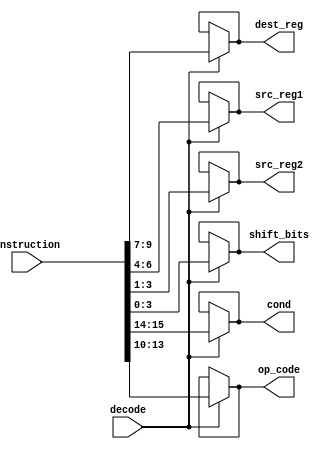
module inst_decoder(decode, instruction, cond, op_code, dest_reg, src_reg1, src_reg2, shift_bits);
input [15:0] instruction;
input decode;
output [3:0] op_code, shift_bits;
output [2:0] dest_reg, src_reg1, src_reg2;
output [1:0] cond;

assign cond = (decode) ? instruction[15:14] : cond;
assign op_code = (decode) ? instruction[13:10] : op_code;
assign dest_reg = (decode) ? instruction[9:7] : dest_reg;
assign src_reg1 = (decode) ? instruction[6:4] : src_reg1;
assign src_reg2 = (decode) ? instruction[3:1] : src_reg2;
assign shift_bits = (decode) ? instruction[3:0] : shift_bits;

endmodule